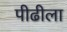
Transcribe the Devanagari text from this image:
पीढीला